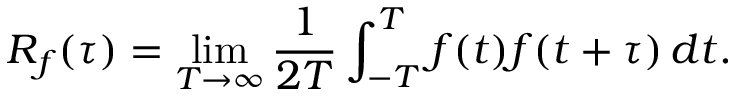
R _ { f } ( \tau ) = \operatorname* { l i m } _ { T \rightarrow \infty } { \frac { 1 } { 2 T } } \int _ { - T } ^ { T } f ( t ) f ( t + \tau ) \, d t .